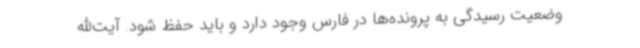
وضعیت رسیدگی به پرونده‌ها در فارس وجود دارد و باید حفظ شود. آیت‌الله